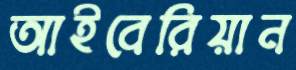
আইবেরিয়ান